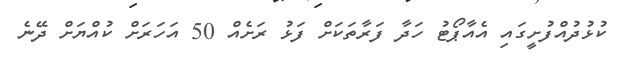
ކުޅުދުއްފުށީގައި އެއާޕޯޓު ހަދާ ފަރާތަކަށް ފަޅު ރަށެއް 50 އަހަރަށް ކުއްޔަށް ދޭނެ